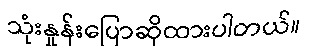
သုံးနှုန်းပြောဆိုထားပါတယ်။